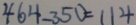
4 6 4 - 3 5 0 = 1 1 4